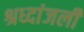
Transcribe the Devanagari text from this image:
श्रध्दांजली